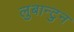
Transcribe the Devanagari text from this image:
लुबान्टुन